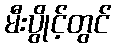
မီးပွိုင့်တွင်